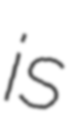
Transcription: is